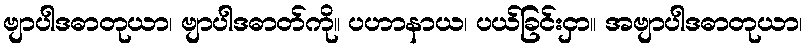
ဗျာပါဒဓာတုယာ၊ ဗျာပါဒဓာတ်ကို။ ပဟာနာယ၊ ပယ်ခြင်းငှာ။ အဗျာပါဒဓာတုယာ၊